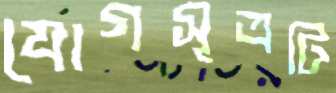
যোগসূত্রটি